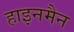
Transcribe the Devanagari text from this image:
हाइनमैन